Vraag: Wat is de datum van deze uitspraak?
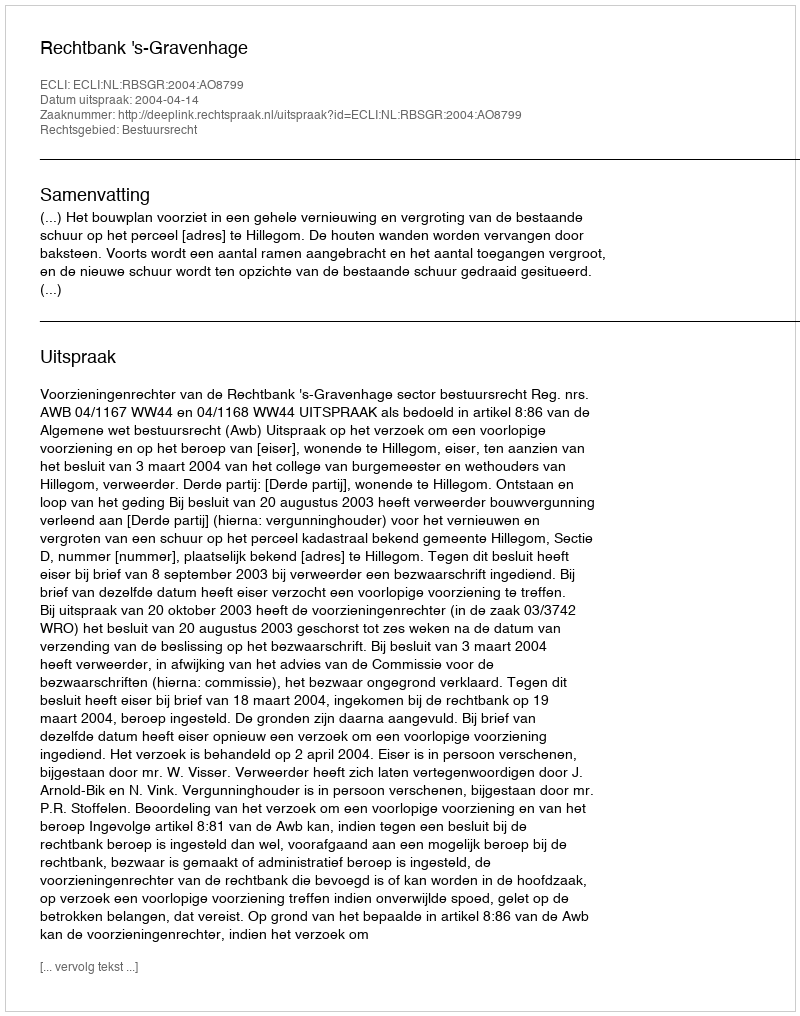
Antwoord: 2004-04-14